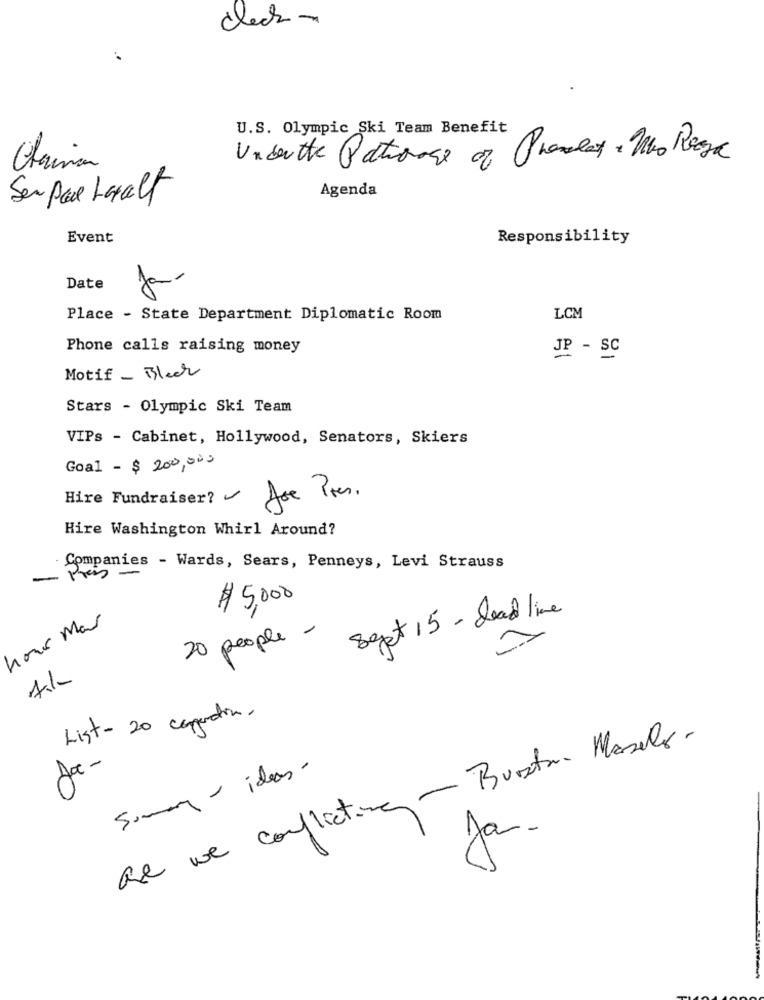
check -
U.S. Olympic Ski Team Benefit
Underthe Patrioage of Phanlat . Who Rega
Cheriman
Agenda
Ser par Laalt
Event
Responsibility
Date
Ja.
Place - State Department Diplomatic Room
LCM
Phone calls raising money
JP - SC
Motif_ Bleek
Stars - Olympic Ski Team
VIPs - Cabinet, Hollywood, Senators, Skiers
Goal - $ 200,000
Hire Fundraiser?
Joe Pres.
Hire Washington Whirl Around?
Companies - Wards, Sears, Penneys, Levi Strauss
-
pres -
$ 5,000
Seget 15 - dead line
hour Mar
20 people -
List - 20 capadia.
Be we conflicting- Burton Masele-
Jac-
Sumary - ideas -
Ja.